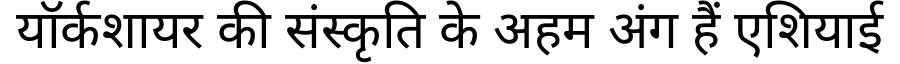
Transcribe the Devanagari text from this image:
यॉर्कशायर की संस्कृति के अहम अंग हैं एशियाई